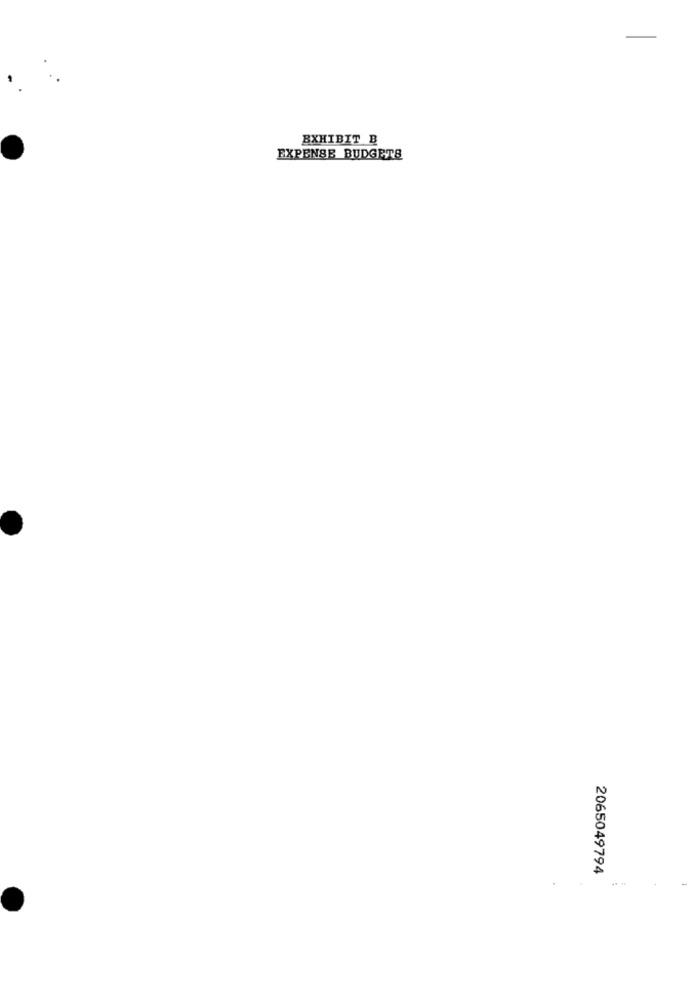
EXHIBIT B
EXPENSE BUDGETS
2065049794